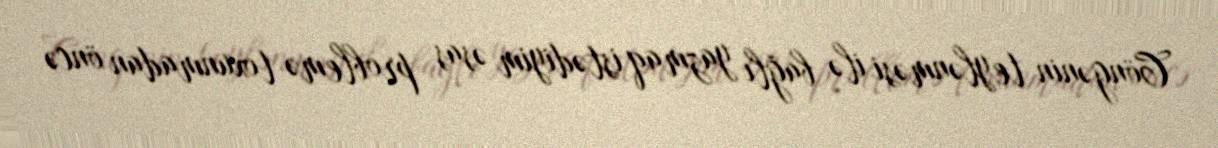
Cöngənin teylənməsi ilə bağlı yazmaq istədiyim əsas problemə toxunmadan öncə